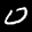
Label: 0